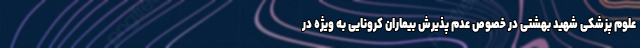
علوم پزشکی شهید بهشتی در خصوص عدم پذیرش بیماران کرونایی به ویژه در